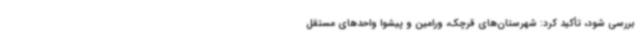
بررسی شود، تأکید کرد: شهرستان‌های قرچک، ورامین و پیشوا واحدهای مستقل